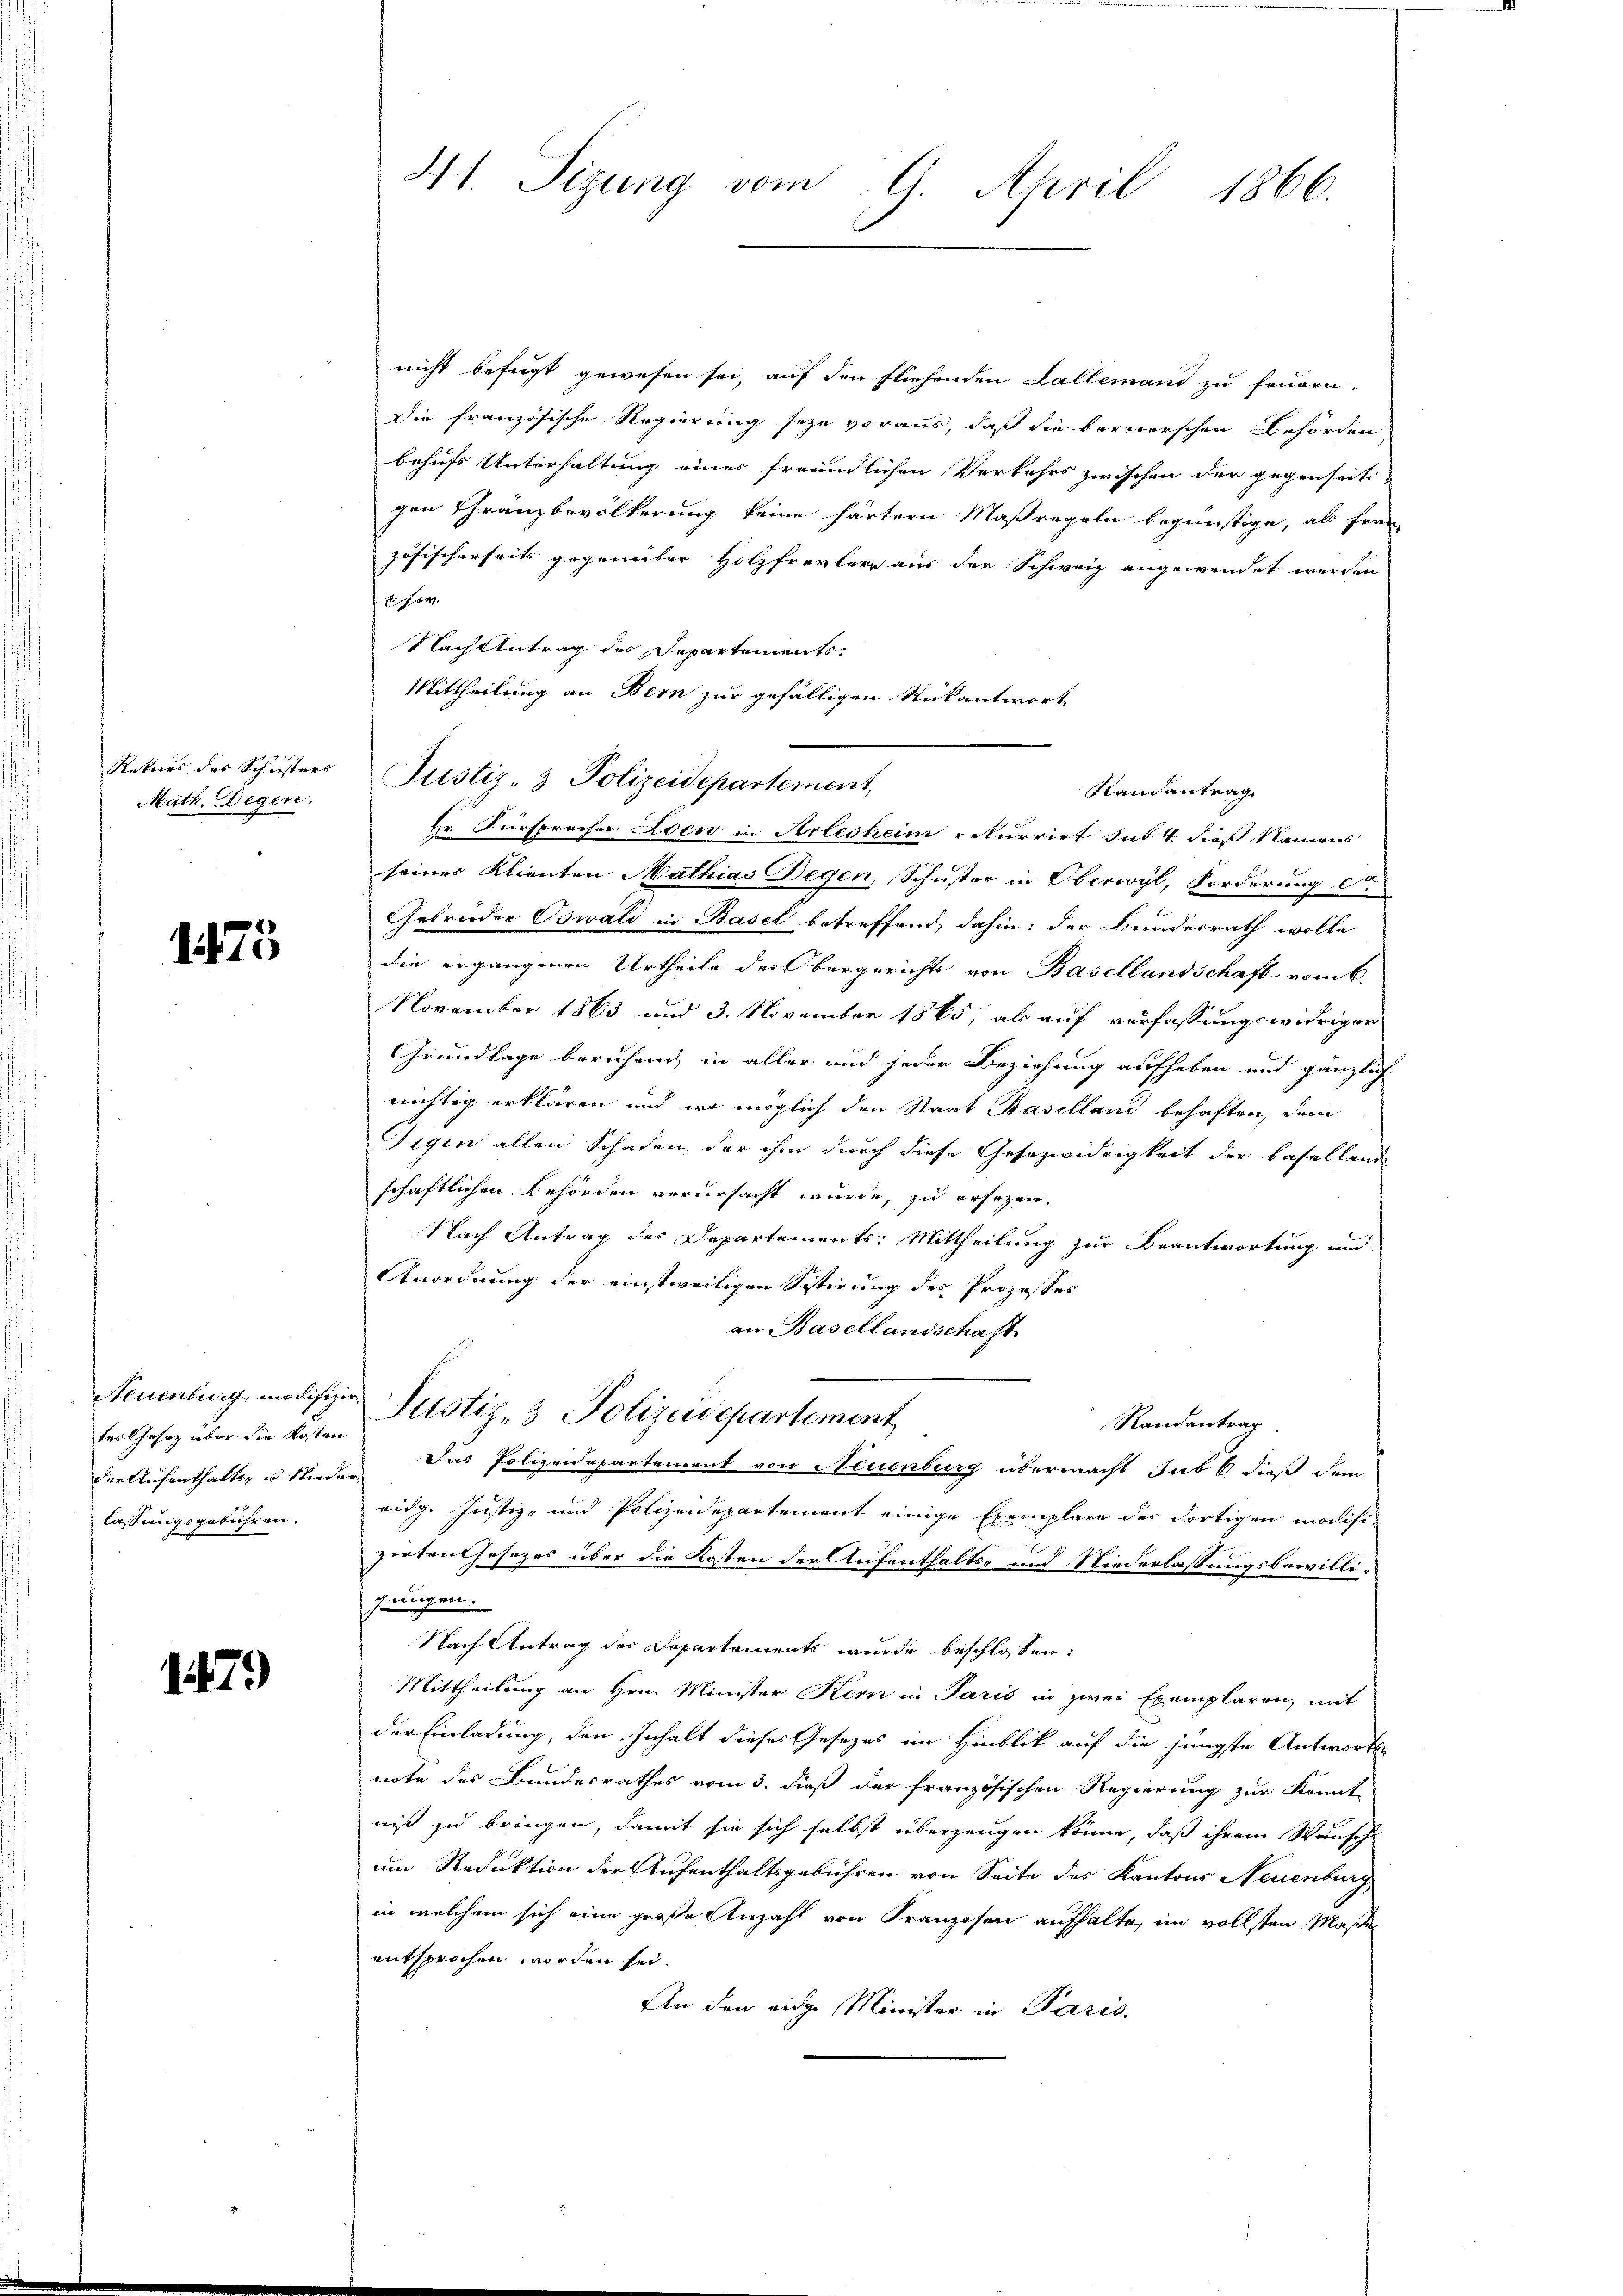
Rekurs des Schusters
Math. Degen.

1475

des Gesaz über die Kosten
lassungsgebühren.

1479)

41. Sizung vom 9. April 1866.

nicht befugt gewesen sei, auf den fliehenden Lallemand zu feuern.
Die französische Regierung seye voraus, daß die bernerschen Behörden
behufs Unterhaltung einer freundlichen Verkehrs zwischen der gegenseiti-
gen Franzbevölkerung keine härtern Maßregeln begünstige, als Frau
zösischerseits gegenüber Holzfrevler aus der Schweiz angewendet werden
em
Nach Antrag des Departements.
Mittheilung an Bern zur gefälligen Rückantwort
Hr. Fürsprecher Loew in Arlesheim rekurrirt sub. 4. dieß Namens
seiner Klienten Mathias Degen, Schuster in Oberwyl, Forderung c
Gebrüder Oswald in Basel betreffend, dahin: der Bundesrath wolle
die ergangenen Urtheile des Obergerichts von Basellandschaft vom 6.
November 1863 und 3. November 1865, als auf verfassungswidriger
Grundlage beruhend, in aller und jeder Beziehung aufheben und gänzlich
nichtig erklären und wo möglich den Staat Baselland behaften, dem
Gegen allen Schaden, der ihm durch diese Gesezwidrigkeit der Basellande
schaftlichen Behörden verursacht wurde, zu ersezen.
Nach Antrag des Departements: Mittheilung zur Beantwortung und
Anordnung der einstweiligen Sistirung des Prozesses
an Basellandschaft.
Neuenburg, modischer Justiz- & Polizeidepartement
Randantrag
der Aufenthalts- u Nieder. Das Polizeidepartement von Neuenburg übermacht sub 6. dieß dem
eidg. Justiz- und Polizeidepartement einige Exemplare der dortigen modifizirten Gesezes über die Kosten der Aufenthalts- und Niederlassungsbewillijungen.
Nach Antrag des Departements wurde beschlossen:
Mittheilung an Hrn. Minister Kern in Paris in zwei Exemplaren, mit
der Einladung, den Inhalt dieses Gesetzes im Hinblik auf die jüngste Antworts-
note des Bundesrathes vom 3. dieß der französischen Regierung zur Kennt-
niß zu bringen, damit sie sich selbst überzeugen könne, daß ihrem Wunsch
um Reduktion der Aufenthaltsgebühren von Seite des Kantons Neuenburg,
in welchem sich eine große Anzahl von Franzosen aufhalte, im vollsten Maße
entsprochen worden sei.
An den eidge Minister in Paris.

Justiz- & Polizeidepartement,

Randantrag